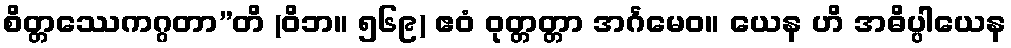
စိတ္တဿေကဂ္ဂတာ”တိ (ဝိဘ။ ၅၆၉) ဧဝံ ဝုတ္တတ္တာ အင်္ဂမေဝ။ ယေန ဟိ အဓိပ္ပါယေန